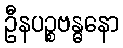
ဦနပဉ္စဗန္ဓနော